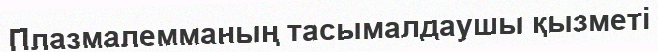
Плазмалемманың тасымалдаушы қызметі